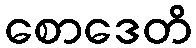
စောဒေတိ